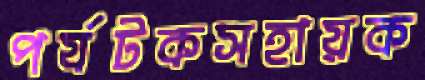
পর্যটকসহায়ক